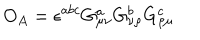
O _ { A } = \epsilon ^ { a b c } G _ { \mu \nu } ^ { a } G _ { \nu \rho } ^ { b } G _ { \rho \mu } ^ { c }